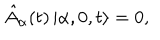
LaTeX: \hat { A } _ { \alpha } ( t ) \left| \alpha , 0 , t \right> = 0 ,